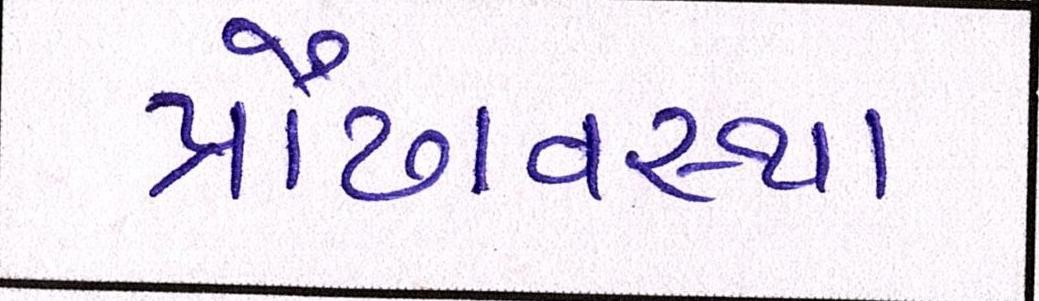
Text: પ્રૌઢાવસ્થા